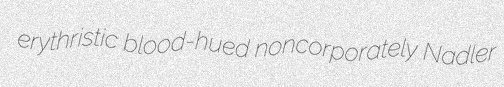
erythristic blood-hued noncorporately Nadler